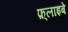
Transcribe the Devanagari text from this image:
फ़्लाइबे